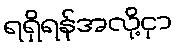
ရရှိရန်အလို့ငှာ